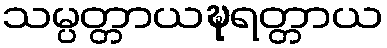
သမ္ပတ္တာယဍ္ဎရတ္တာယ